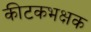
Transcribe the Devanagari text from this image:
कीटकभक्षक